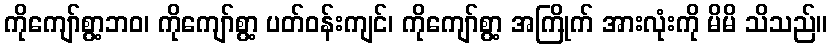
ကိုကျော်စွာ့ဘဝ၊ ကိုကျော်စွာ့ ပတ်ဝန်းကျင်၊ ကိုကျော်စွာ့ အကြိုက် အားလုံးကို မိမိ သိသည်။